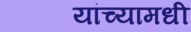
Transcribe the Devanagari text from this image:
यांच्यामधी